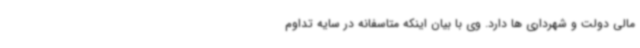
مالی دولت و شهرداری ها دارد. وی با بیان اینکه متاسفانه در سایه تداوم